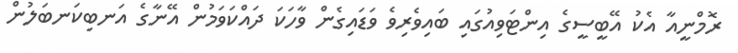
ރޮމްނީއާ އެކު އޭބީސީގެ އިންޓަވިއުގައި ބައިވެރިވެ ވަޑައިގެން ވާހަކަ ދައްކަވަމުން އޭނާގެ އަނބިކަނބަލުން